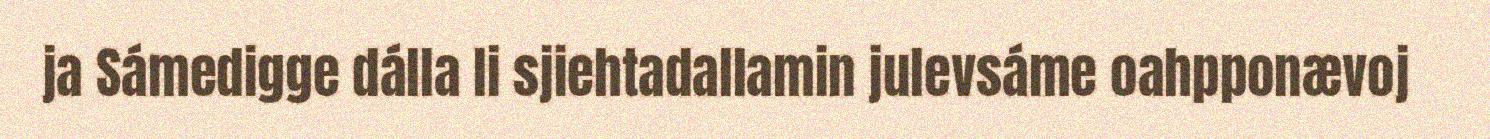
ja Sámedigge dálla li sjiehtadallamin julevsáme oahpponævoj